Report on vaccination in Madras 1922-1929 - 1922-1929
Year: 1922
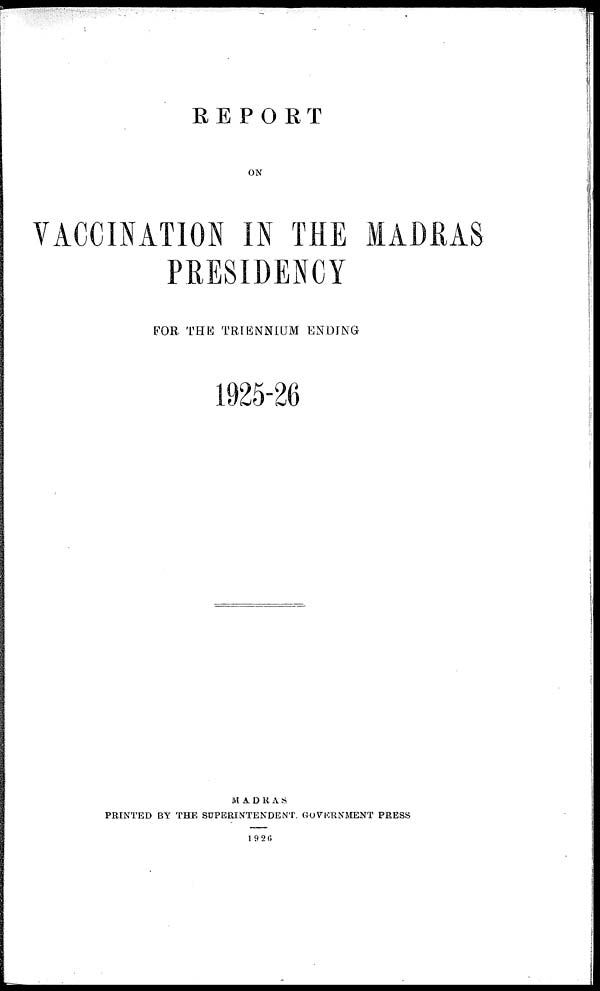
REPORT
ON
VACCINATION IN THE MADRAS
PRESIDENCY
FOR THE TRIENNIUM ENDING
1925-26
MADRAS
PRINTED BY THE SUPERINTENDENT GOVERNMENT PRESS
1926